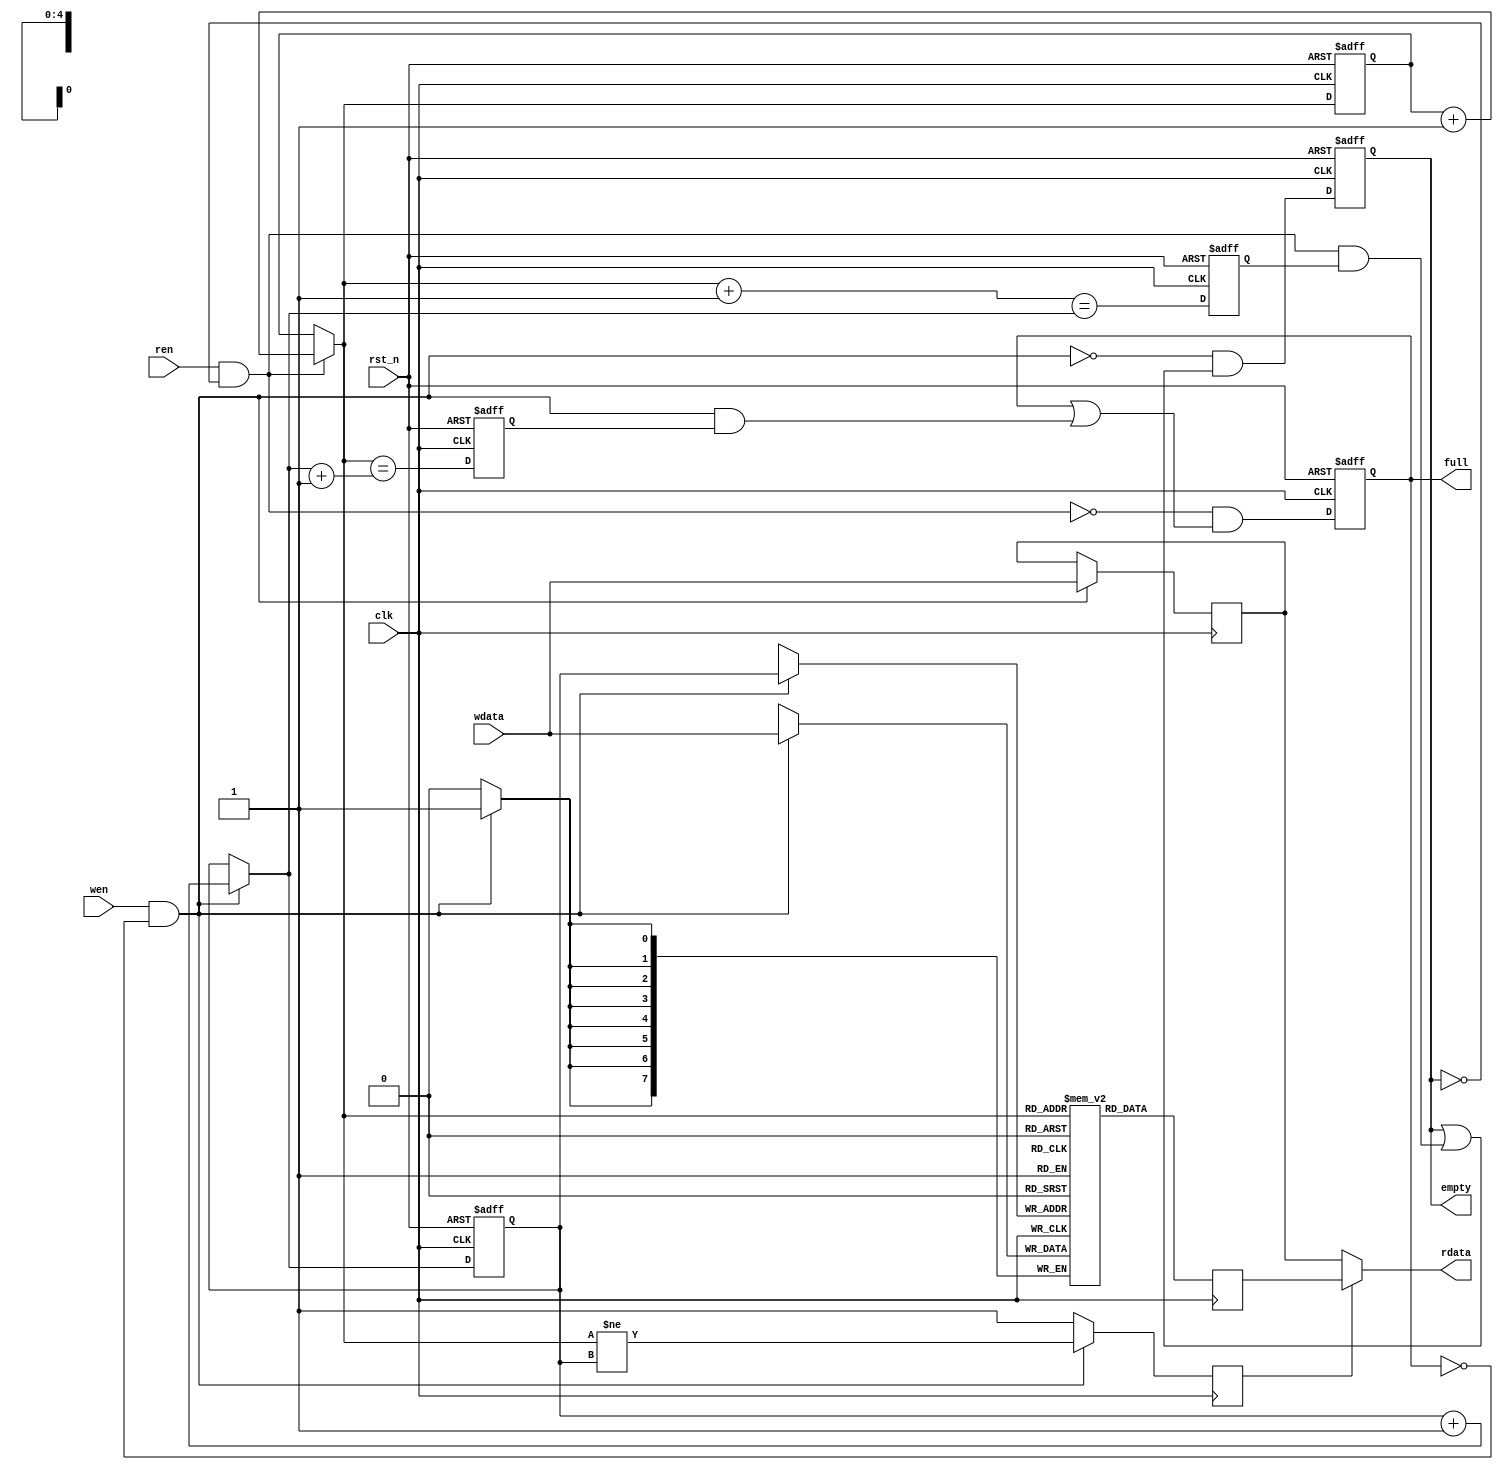
module fifo #(
    parameter WIDTH    = 8,
    parameter SIZE     = 32,
    parameter LOG_SIZE = 5
  ) (
    input  wire clk,
    input  wire rst_n,
    input  wire [WIDTH-1:0] wdata,
    output wire [WIDTH-1:0] rdata,
    input  wire wen,
    input  wire ren,
    output reg  empty,
    output reg  full
  );

  reg  [WIDTH-1:0] fifo_ram [0:SIZE-1];
  reg  [WIDTH-1:0] ram_out, d_wdata;
  reg  ram_select;
  wire write_valid, read_valid;
  reg  [LOG_SIZE-1:0] head, tail;
  wire [LOG_SIZE-1:0] n_head, n_tail;
  wire n_empty, n_near_empty;
  reg  near_empty;
  wire n_full, n_near_full;
  reg  near_full;

  // when read and write access same address, process here
  assign rdata = ram_select ? ram_out : d_wdata;
  
  always @ (posedge clk) begin
    if (write_valid) begin
      ram_select <= (n_head != tail);
      d_wdata   <= wdata;
    end else begin
      ram_select <= 1'b1;
    end
  end

  always @ (posedge clk) begin
    ram_out <= fifo_ram[n_head];
    if (write_valid) begin
      fifo_ram[tail] <= wdata;
    end
  end

  // controll read and write
  assign read_valid   = ren & ~empty;
  assign write_valid  = wen & ~full;
  assign n_head       = read_valid  ? head + 1'b1 : head;
  assign n_tail       = write_valid ? tail + 1'b1 : tail;
  assign n_empty      = ~write_valid & (empty | (read_valid & near_empty));
  assign n_full       = ~read_valid  & (full  | (write_valid & near_full));
  assign n_near_empty = (n_head + 1'b1 == n_tail);
  assign n_near_full  = (n_head == n_tail + 1'b1);

  always @ (posedge clk, negedge rst_n) begin
    if (~rst_n) begin
      head  <= 0;
      tail  <= 0;
      empty <= 1'b1;
      full  <= 1'b0;
      near_empty <= 1'b0;
      near_full  <= 1'b0;
    end else begin
      head  <= n_head;
      tail  <= n_tail;
      empty <= n_empty;
      full  <= n_full;
      near_empty <= n_near_empty;
      near_full  <= n_near_full;
    end
  end
endmodule